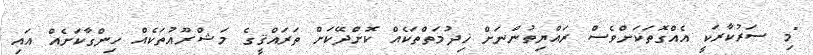
"މި ސަރުކާރަކީ އެއްގޮތަކަށްވެސް ރައްޔިތުންނަށް ޚިދުމަތްތަކެއް ކޮށްދޭކަށް ތަރައްޤީގެ މަޝްރޫޢުތަކެއް ހިންގާކަށެއް އައި